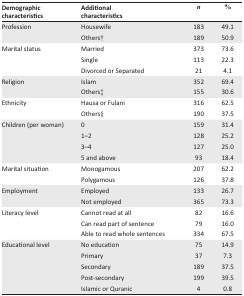
<table><thead><tr><td><b>Demographic characteristics</b></td><td><b>Additional characteristics</b></td><td><b><i>n</i></b></td><td><b>%</b></td></tr></thead><tbody><tr><td rowspan="2">Profession</td><td>Housewife</td><td>183</td><td>49.1</td></tr><tr><td>Others†</td><td>189</td><td>50.9</td></tr><tr><td rowspan="3">Marital status</td><td>Married</td><td>373</td><td>73.6</td></tr><tr><td>Single</td><td>113</td><td>22.3</td></tr><tr><td>Divorced or Separated</td><td>21</td><td>4.1</td></tr><tr><td rowspan="2">Religion</td><td>Islam</td><td>352</td><td>69.4</td></tr><tr><td>Others‡</td><td>155</td><td>30.6</td></tr><tr><td rowspan="2">Ethnicity</td><td>Hausa or Fulani</td><td>316</td><td>62.5</td></tr><tr><td>Others§</td><td>190</td><td>37.5</td></tr><tr><td rowspan="4">Children (per woman)</td><td>0</td><td>159</td><td>31.4</td></tr><tr><td>1–2</td><td>128</td><td>25.2</td></tr><tr><td>3–4</td><td>127</td><td>25.0</td></tr><tr><td>5 and above</td><td>93</td><td>18.4</td></tr><tr><td rowspan="2">Marital situation</td><td>Monogamous</td><td>207</td><td>62.2</td></tr><tr><td>Polygamous</td><td>126</td><td>37.8</td></tr><tr><td rowspan="2">Employment</td><td>Employed</td><td>133</td><td>26.7</td></tr><tr><td>Not employed</td><td>365</td><td>73.3</td></tr><tr><td rowspan="3">Literacy level</td><td>Cannot read at all</td><td>82</td><td>16.6</td></tr><tr><td>Can read part of sentence</td><td>79</td><td>16.0</td></tr><tr><td>Able to read whole sentences</td><td>334</td><td>67.5</td></tr><tr><td rowspan="5">Educational level</td><td>No education</td><td>75</td><td>14.9</td></tr><tr><td>Primary</td><td>37</td><td>7.3</td></tr><tr><td>Secondary</td><td>189</td><td>37.5</td></tr><tr><td>Post-secondary</td><td>199</td><td>39.5</td></tr><tr><td>Islamic or Quranic</td><td>4</td><td>0.8</td></tr></tbody></table>